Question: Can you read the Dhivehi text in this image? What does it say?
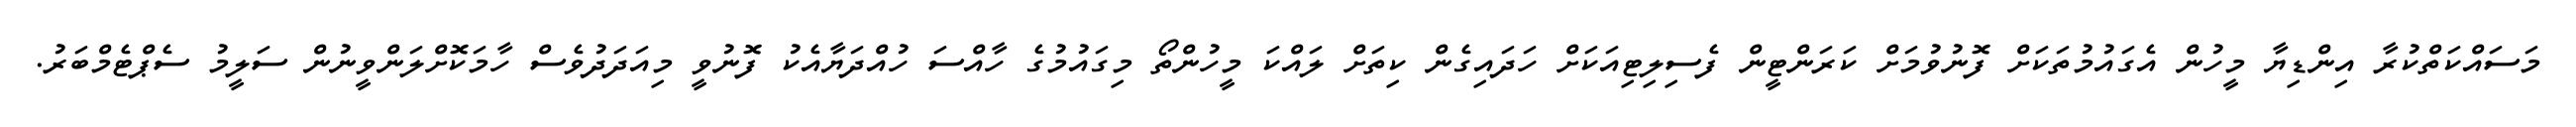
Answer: މަސައްކަތްކުރާ އިންޑިޔާ މީހުން އެގައުމުތަކަށް ފޮނުވުމަށް ކަރަންޓީން ފެސިލިޓިއަކަށް ހަދައިގެން ކިތަށް ލައްކަ މީހުންތޯ މިގައުމުގެ ހާއްސަ ހުއްދަޔާއެކު ފޮނުވީ މިއަދަދުވެސް ހާމަކޮށްލަންވީނުން ސަލީމު ސެޕްޓެމްބަރު.